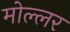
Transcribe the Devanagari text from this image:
मोल्लर